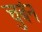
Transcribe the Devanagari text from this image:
चुबंन